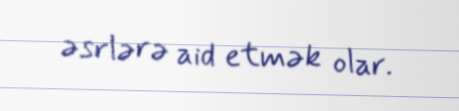
əsrlərə aid etmək olar.